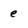
Character: e